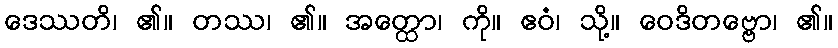
ဒေဿတိ၊ ၏။ တဿ၊ ၏။ အတ္ထော၊ ကို။ ဧဝံ၊ သို့။ ဝေဒိတဗ္ဗော၊ ၏။